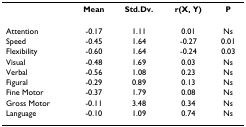
<table><thead><tr><td></td><td><b>Mean</b></td><td><b>Std.Dv.</b></td><td><b>r(X, Y)</b></td><td><b>P</b></td></tr></thead><tbody><tr><td>Attention</td><td>-0.17</td><td>1.11</td><td>0.01</td><td>Ns</td></tr><tr><td>Speed</td><td>-0.45</td><td>1.64</td><td>-0.27</td><td>0.01</td></tr><tr><td>Flexibility</td><td>-0.60</td><td>1.64</td><td>-0.24</td><td>0.03</td></tr><tr><td>Visual</td><td>-0.48</td><td>1.69</td><td>0.03</td><td>Ns</td></tr><tr><td>Verbal</td><td>-0.56</td><td>1.08</td><td>0.23</td><td>Ns</td></tr><tr><td>Figural</td><td>-0.29</td><td>0.89</td><td>0.13</td><td>Ns</td></tr><tr><td>Fine Motor</td><td>-0.37</td><td>1.79</td><td>0.08</td><td>Ns</td></tr><tr><td>Gross Motor</td><td>-0.11</td><td>3.48</td><td>0.34</td><td>Ns</td></tr><tr><td>Language</td><td>-0.10</td><td>1.09</td><td>0.74</td><td>Ns</td></tr></tbody></table>